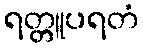
ရတ္တူပရတံ